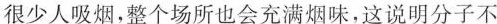
很少人吸烟，整个场所也会充满烟味，这说明分子不